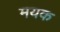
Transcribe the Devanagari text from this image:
मयक